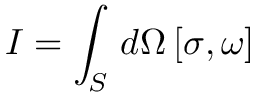
I = \int _ { S } \, d \Omega \, [ \sigma , \omega ]